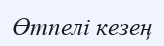
Өтпелі кезең